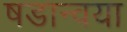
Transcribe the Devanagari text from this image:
षडान्वया